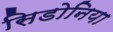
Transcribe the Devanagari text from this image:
सिडोनिया